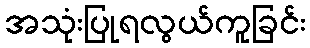
အသုံးပြုရလွယ်ကူခြင်း